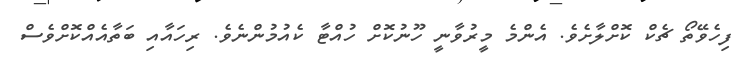
ފިހެވޭތޯ ޗެކް ކޮށްލާށެވެ. އެންމެ މީރުވާނީ ހޫނުކޮށް ހުއްޓާ ކެއުމުންނެވެ. ރިހައާއި ބަތާއެއްކޮށްވެސް